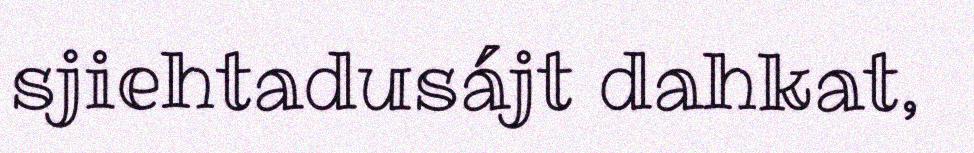
sjiehtadusájt dahkat,